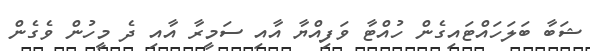
ޝަބާ ބަލަހައްޓައިގެން ހުއްޓާ ވަފިއްޔާ އާއި ސަމީރާ އާއި ދެ މީހުން ވެގެން